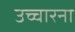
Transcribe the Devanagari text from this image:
उच्चारना